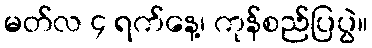
မတ်လ ၄ ရက်နေ့၊ ကုန်စည်ပြပွဲ။